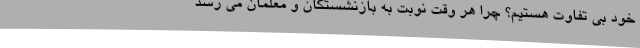
خود بی تفاوت هستیم؟ چرا هر وقت نوبت به بازنشستگان و معلمان می رسد